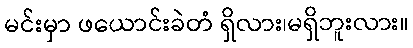
မင်းမှာ ဖယောင်းခဲတံ ရှိလား၊မရှိဘူးလား။